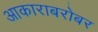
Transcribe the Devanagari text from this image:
आकाराबरोबर